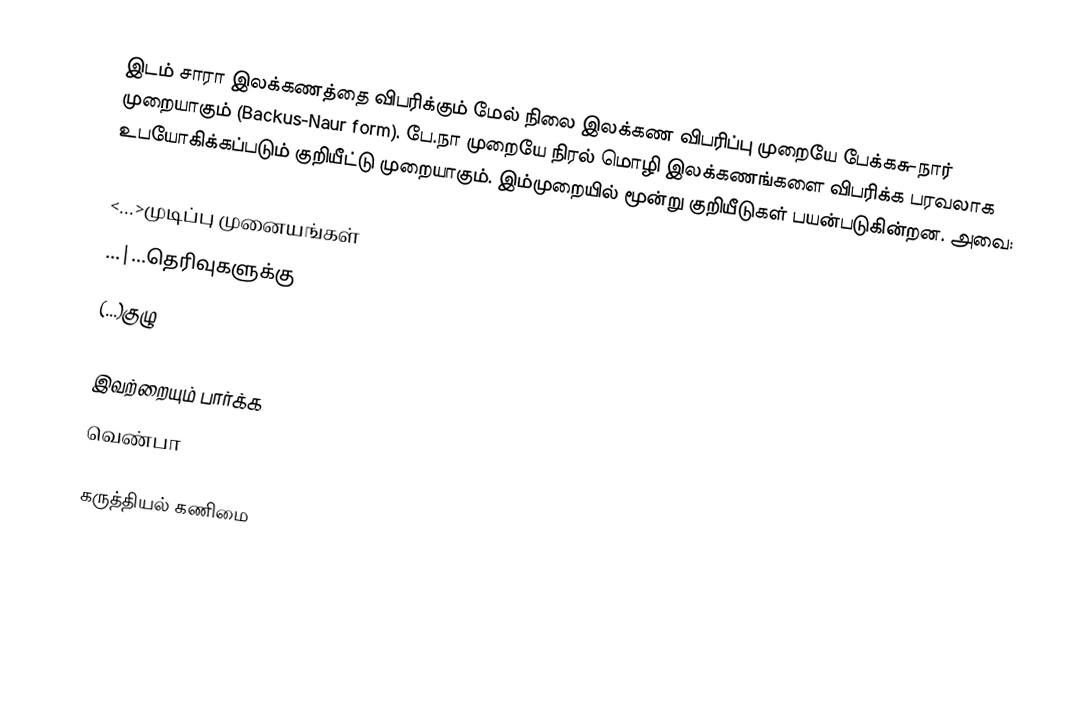
இடம் சாரா இலக்கணத்தை விபரிக்கும் மேல் நிலை இலக்கண விபரிப்பு முறையே பேக்கசு-நார் முறையாகும் (Backus-Naur form). பே.நா முறையே நிரல் மொழி இலக்கணங்களை விபரிக்க பரவலாக உபயோகிக்கப்படும் குறியீட்டு முறையாகும். இம்முறையில் மூன்று குறியீடுகள் பயன்படுகின்றன. அவை:

 <...>முடிப்பு முனையங்கள்
 ...|...தெரிவுகளுக்கு
 (...)குழு

இவற்றையும் பார்க்க
 வெண்பா

கருத்தியல் கணிமை